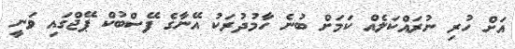
އަށް ހުރި ނުރައްކަލެއް ކަމަށް ބުނެ ހާމުދުރަކު އޭނާގެ ފޭސްބުކް ޕޭޖްގައި ވަނީ